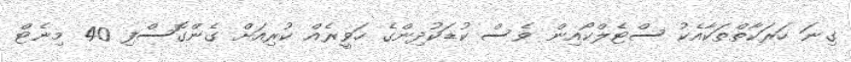
ގިނަ ހަރަކާތްތަކާއެކު ސްޓެލްކޯއިން ވެސް ކުޑަކުދިންގެ ހަވީރެއް ކުރިއަށް ގެންގޮސްފި 40 މިނެޓް